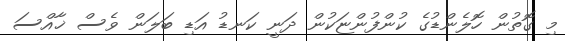
މި ގޮތުން ހޮލެންޑުގެ ކުންފުންޏަކުން ދަނީ ކަނޑު އަޑި ބަލަން ވެސް ޚާއްސަ